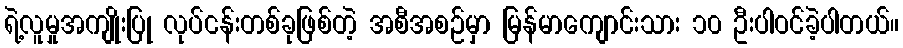
ရဲ့လူမှုအကျိုးပြု လုပ်ငန်းတစ်ခုဖြစ်တဲ့ အစီအစဉ်မှာ မြန်မာကျောင်းသား ၁၀ ဦးပါဝင်ခဲ့ပါတယ်။